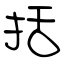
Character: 括